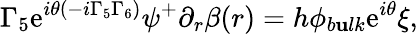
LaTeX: \Gamma_{5}\mathrm{e}^{i\theta(-i\Gamma_{5}\Gamma_{6})}\psi^{+}\partial_{r}\beta(r)=h\phi_{b\mathbf{u}lk}\mathrm{e}^{i\theta}\xi,